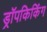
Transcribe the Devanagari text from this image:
ड्रॉपकिकिंग